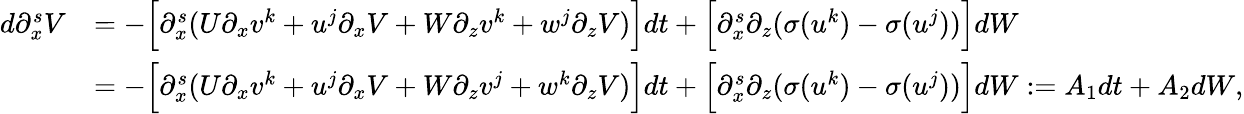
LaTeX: \begin{array}{rl}{d\partial_{x}^{s}V}&{=-\Big[\partial_{x}^{s}(U\partial_{x}v^{k}+u^{j}\partial_{x}V+W\partial_{z}v^{k}+w^{j}\partial_{z}V)\Big]dt+\Big[\partial_{x}^{s}\partial_{z}(\sigma(u^{k})-\sigma(u^{j}))\Big]dW}\\ &{=-\Big[\partial_{x}^{s}(U\partial_{x}v^{k}+u^{j}\partial_{x}V+W\partial_{z}v^{j}+w^{k}\partial_{z}V)\Big]dt+\Big[\partial_{x}^{s}\partial_{z}(\sigma(u^{k})-\sigma(u^{j}))\Big]dW:=A_{1}dt+A_{2}dW,}\end{array}